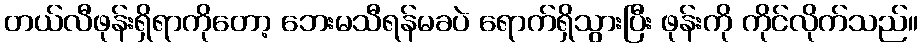
တယ်လီဖုန်းရှိရာကိုတော့ ဘေးမသီရန်မခပဲ ရောက်ရှိသွားပြီး ဖုန်းကို ကိုင်လိုက်သည်။